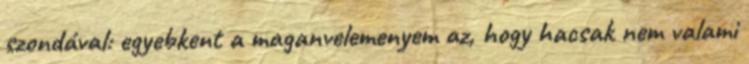
szondával: egyebkent a maganvelemenyem az, hogy hacsak nem valami